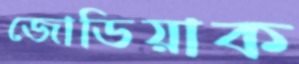
জোডিয়াক